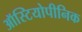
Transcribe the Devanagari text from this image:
ऑस्टियोपीनिक